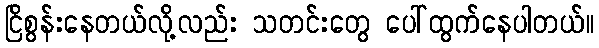
ငြိစွန်းနေတယ်လို့လည်း သတင်းတွေ ပေါ်ထွက်နေပါတယ်။